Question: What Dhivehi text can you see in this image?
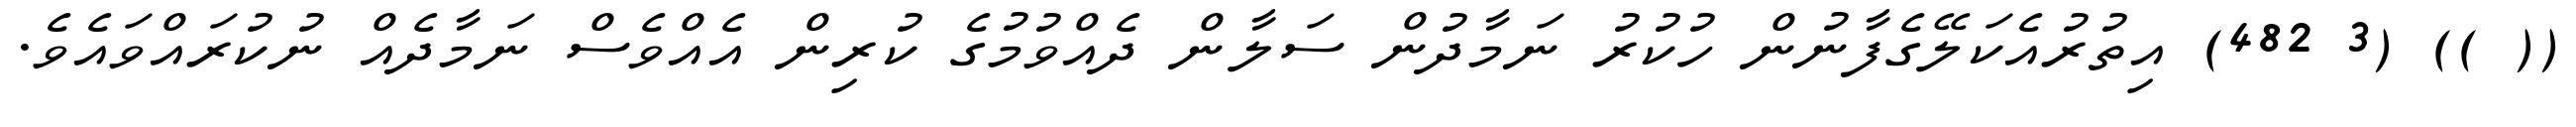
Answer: (( )) (3 482) އިތުރުއެކަލޭގެފާނުން ހުކުރު ނަމާދުން ސަލާން ދެއްވުމުގެ ކުރިން އެއްވެސް ނަމާދެއް ނުކުރައްވައެވެ.